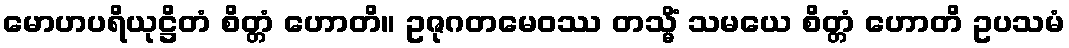
မောဟပရိယုဋ္ဌိတံ စိတ္တံ ဟောတိ။ ဥဇုဂတမေဝဿ တသ္မိံ သမယေ စိတ္တံ ဟောတိ ဥပသမံ